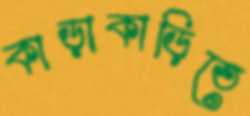
কাড়াকাড়িতে